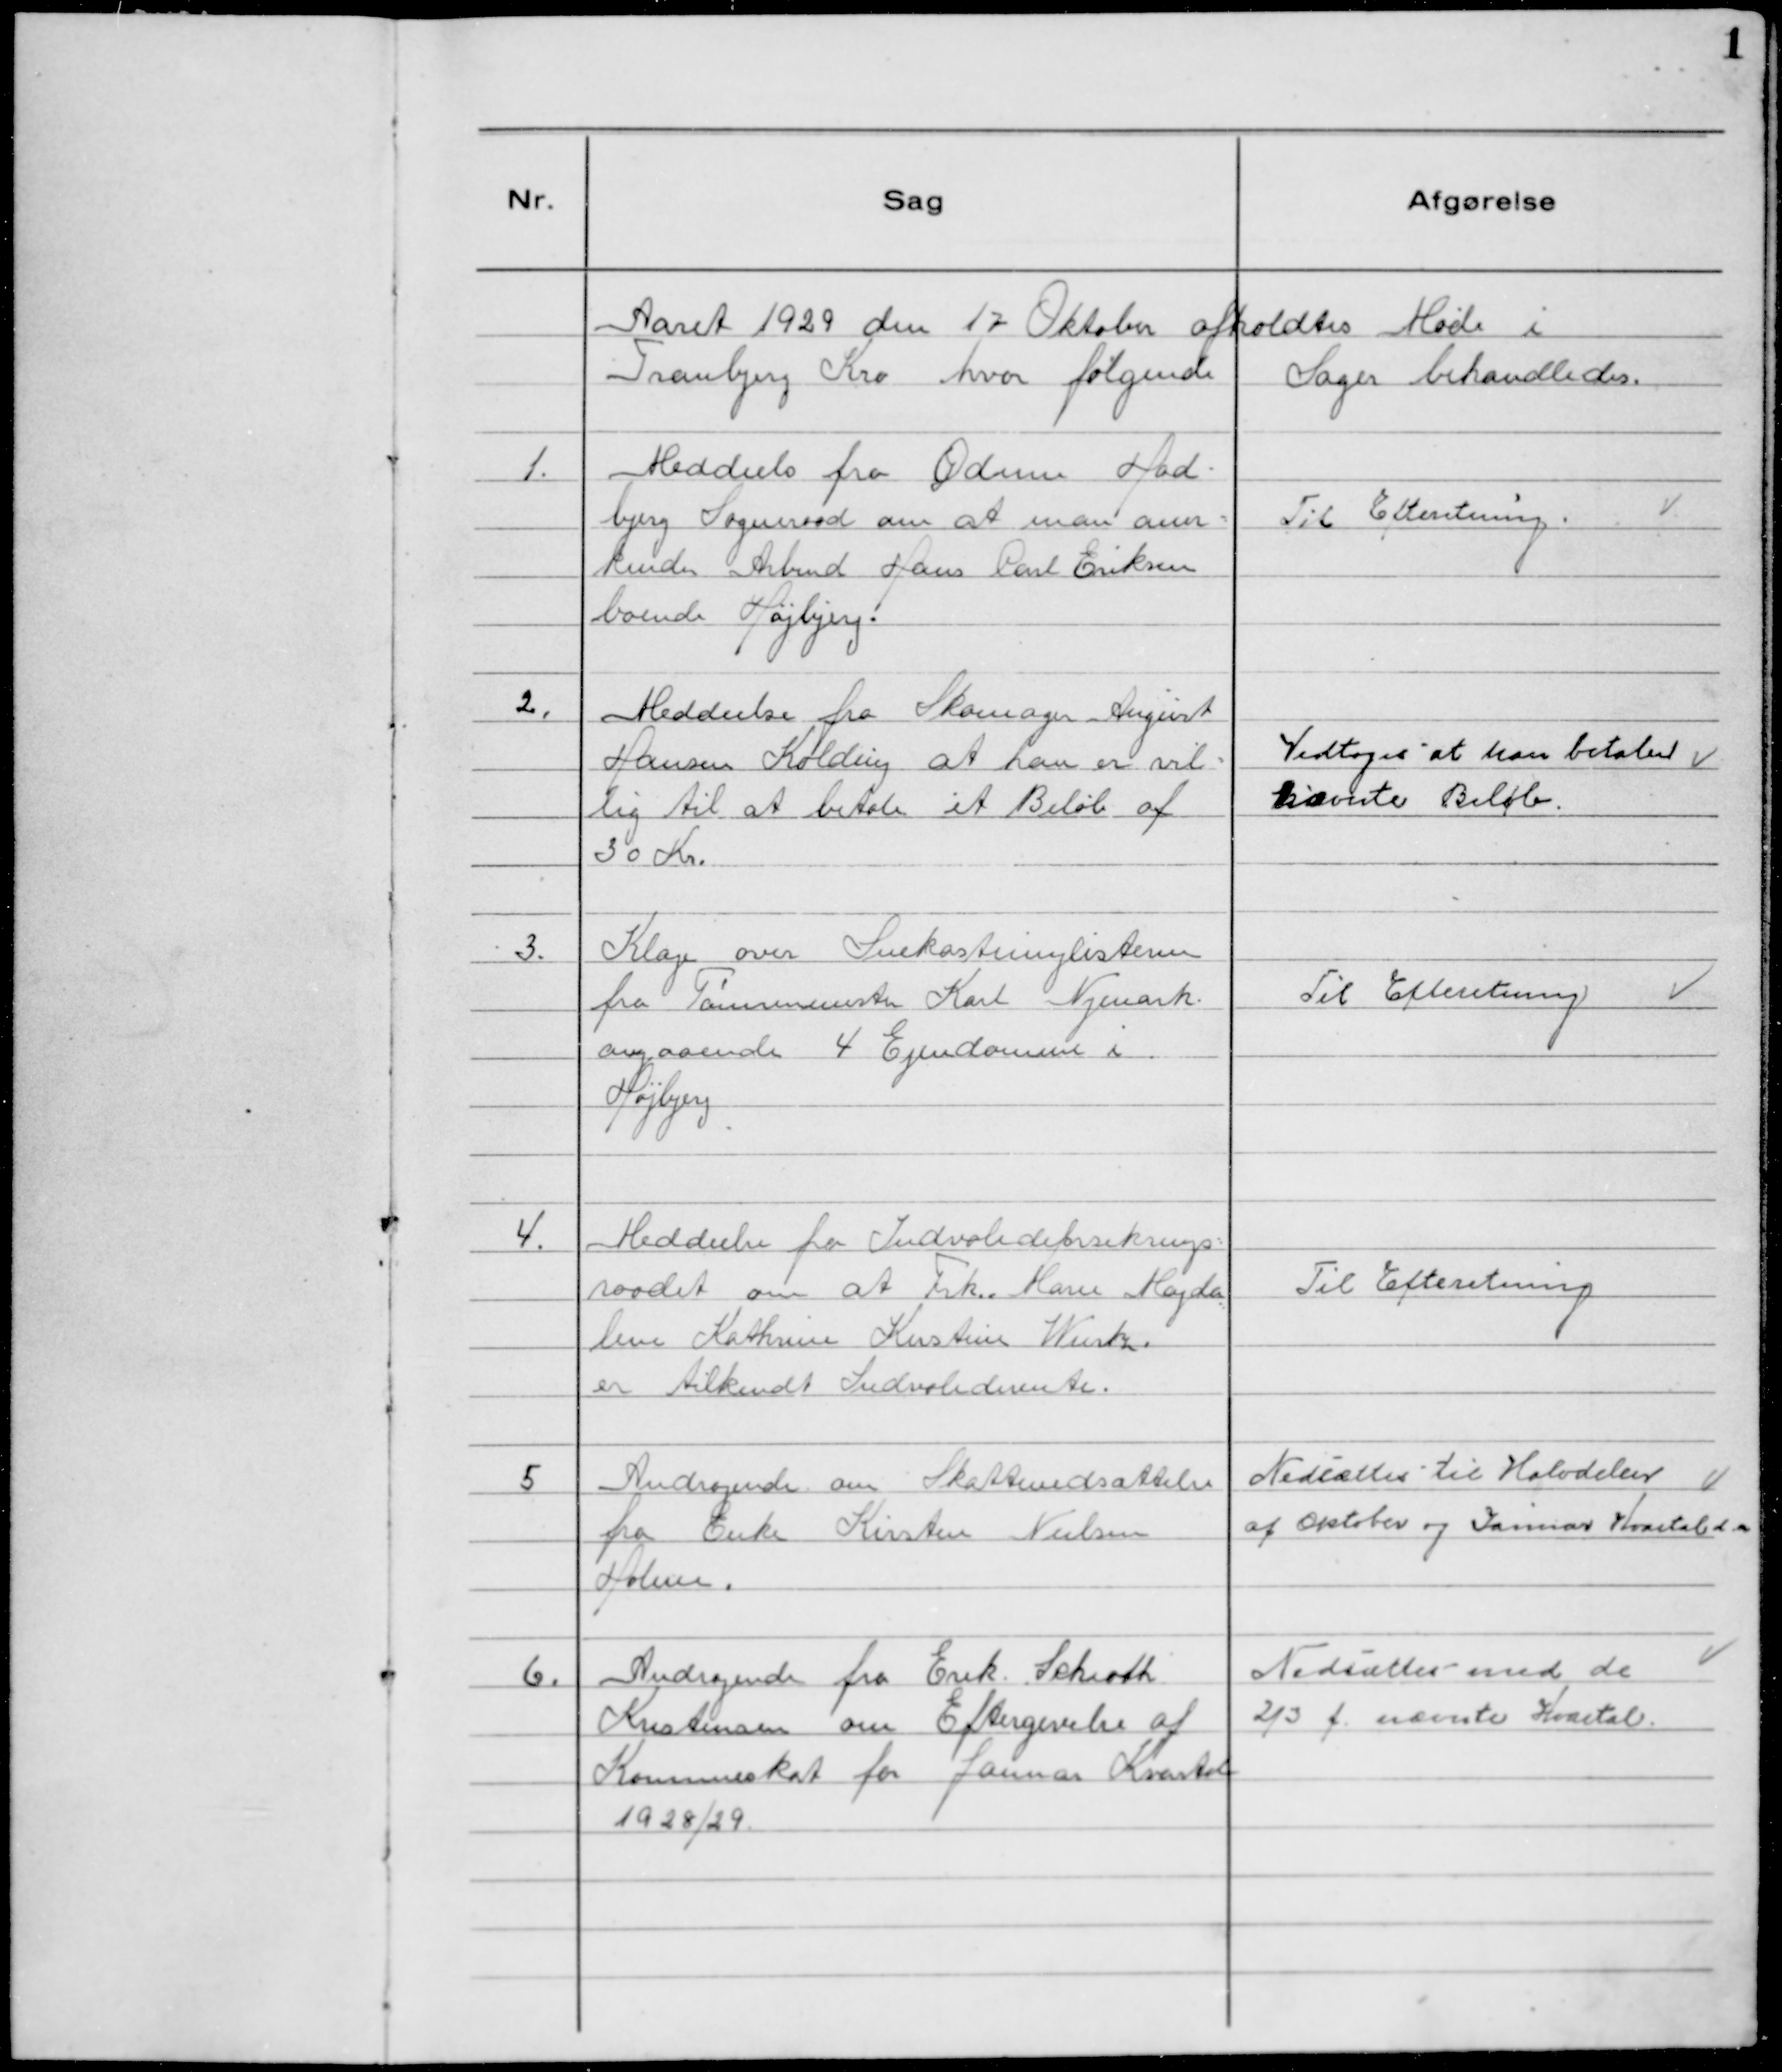
Transskription:
Aaret 1929 den 17. Oktober afholdtes Møde i
Tranbjerg Kro hvor følgende Sager behandledes.

1. Meddeels fra Ødum Had-
bjerg Sogneraad om at man aner-
kender Arbmd Hans Poul Eriksen
boende Højbjerg.

Til Efterretning.

2. Meddeelse fra Skomager August
Hansen Kolding at han er vil-
lig til at betale et Beløb af
30 Kr.

Vedtoges at han betaler
nævnte Beløb.

3. Klage over Snekastninglisterne
fra Tømrermester Karl Nyemark
angaaende 4 Ejendomme i
Højbjerg

Til Efterretning

4. Meddeelse fra Indvalideforsikrings=
raadet om at Frk. Maren Magda=
lene Kathrine Kirstine Wurtz
er tilkendt Indvaliderente.

Til Efterretning

5. Andragende om Skatteudsættelse
fra Enke Kirsten Nielsen
Holme.

Nedsættes til Halvdelen
af Oktober og Januar Kvartal d.a.

6. Andragende fra Erik Schioth
Kristensen om Eftergivelse af
Kommuneskat for Januar Kvartal
1928/29.

Nedsættes med de
⅔ f. nævnte Kvartal.